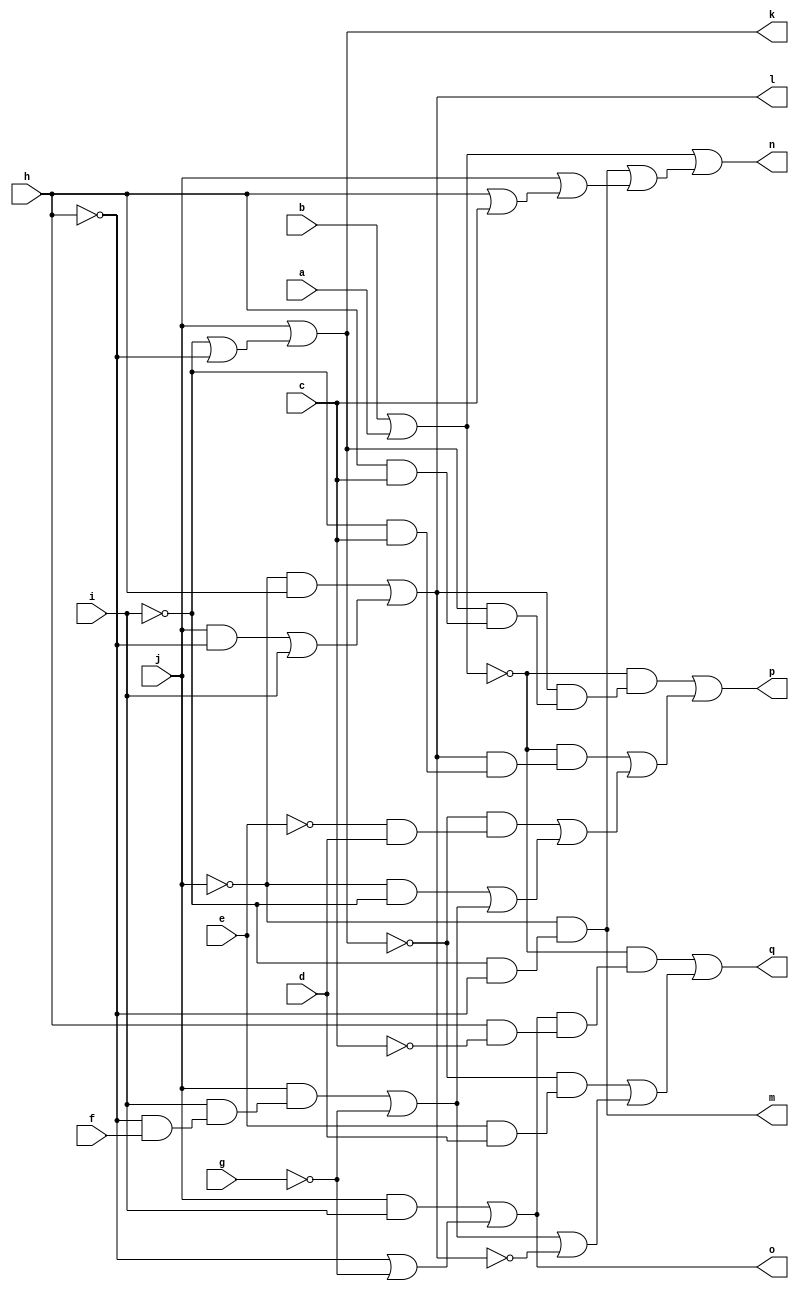
// IWLS benchmark module "x2" printed on Wed May 29 17:30:37 2002
module x2(a, b, c, d, e, f, g, h, i, j, k, l, m, n, o, p, q);
input
  a,
  b,
  c,
  d,
  e,
  f,
  g,
  h,
  i,
  j;
output
  k,
  l,
  m,
  n,
  o,
  p,
  q;
wire
  \[7] ,
  \[9] ,
  \[0] ,
  \[1] ,
  \[2] ,
  \[3] ,
  \[4] ,
  \[5] ,
  \[6] ;
assign
  \[7]  = (j & (i & (~h & f))) | ~g,
  \[9]  = b | a,
  \[0]  = j | (~i | ~h),
  \[1]  = (~j & h) | ((j & ~h) | i),
  k = \[0] ,
  l = \[1] ,
  m = \[2] ,
  n = \[3] ,
  o = \[4] ,
  p = \[5] ,
  q = \[6] ,
  \[2]  = ~j & (~i & ~h),
  \[3]  = \[9]  | (\[2]  | (j | (h | c))),
  \[4]  = (j & i) | (~h | ~g),
  \[5]  = (~\[9]  & (\[1]  & (\[0]  & (h & c)))) | ((~\[9]  & (\[1]  & (~i & c))) | ((~\[0]  & (~e & d)) | ((~j & ~i) | \[7] ))),
  \[6]  = (~\[9]  & (\[4]  & (h & ~c))) | ((~\[0]  & (e & d)) | (\[7]  | ~\[1] ));
endmodule